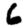
Digit: 6